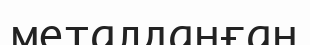
металданған